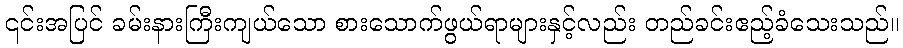
၎င်းအပြင် ခမ်းနားကြီးကျယ်သော စားသောက်ဖွယ်ရာများနှင့်လည်း တည်ခင်းဧည့်ခံသေးသည်။